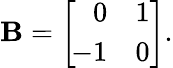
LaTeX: \mathbf{B}=\left[{\begin{array}{rr}{0}&{1}\\ {\! -1}&{0}\end{array}}\right].